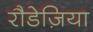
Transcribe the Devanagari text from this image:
रौडेज़िया